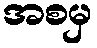
အစမှ